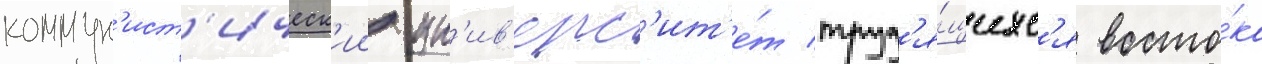
коммун'ист'ическ'ии ун'ив'ерс'ит'е́т труд'я́щихс'я восто́ка